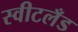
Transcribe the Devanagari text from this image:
स्वीटलँड